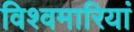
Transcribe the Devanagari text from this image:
विश्वमारियां